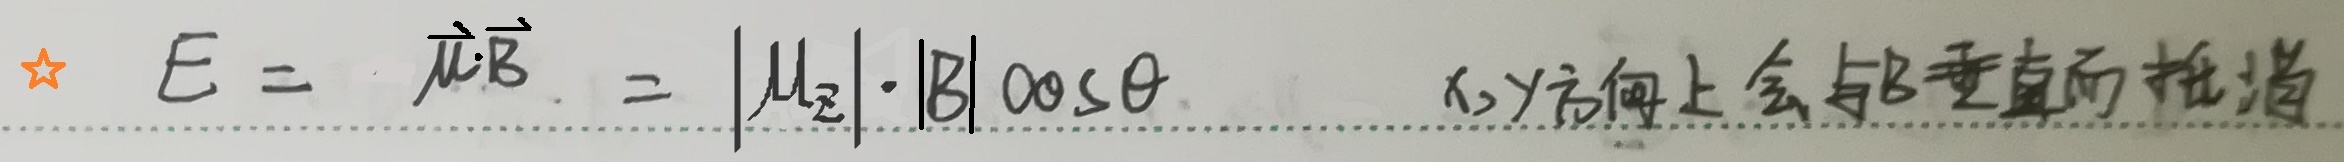
★ \(E = \vec{\mu}\cdot\vec{B}=|\mu_{z}|\cdot|B|\cos\theta\)  x、y方向上会与B垂直而抵消